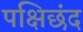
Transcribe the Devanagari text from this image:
पक्षिछंद